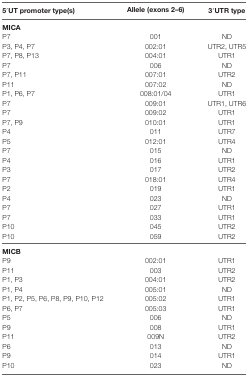
<table><thead><tr><td><b>5′UT promoter type(s)</b></td><td><b>Allele (exons 2–6)</b></td><td><b>3′UTR type</b></td></tr></thead><tbody><tr><td colspan="3"><b>MICA</b></td></tr><tr><td>P7</td><td>001</td><td>ND</td></tr><tr><td>P3, P4, P7</td><td>002:01</td><td>UTR2, UTR5</td></tr><tr><td>P7, P8, P13</td><td>004:01</td><td>UTR1</td></tr><tr><td>P7</td><td>006</td><td>ND</td></tr><tr><td>P7, P11</td><td>007:01</td><td>UTR2</td></tr><tr><td>P11</td><td>007:02</td><td>ND</td></tr><tr><td>P1, P6, P7</td><td>008:01/04</td><td>UTR1</td></tr><tr><td>P7</td><td>009:01</td><td>UTR1, UTR6</td></tr><tr><td>P7</td><td>009:02</td><td>UTR1</td></tr><tr><td>P7, P9</td><td>010:01</td><td>UTR1</td></tr><tr><td>P4</td><td>011</td><td>UTR7</td></tr><tr><td>P5</td><td>012:01</td><td>UTR4</td></tr><tr><td>P7</td><td>015</td><td>ND</td></tr><tr><td>P4</td><td>016</td><td>UTR1</td></tr><tr><td>P3</td><td>017</td><td>UTR2</td></tr><tr><td>P7</td><td>018:01</td><td>UTR4</td></tr><tr><td>P2</td><td>019</td><td>UTR1</td></tr><tr><td>P4</td><td>023</td><td>ND</td></tr><tr><td>P7</td><td>027</td><td>UTR1</td></tr><tr><td>P7</td><td>033</td><td>UTR1</td></tr><tr><td>P10</td><td>045</td><td>UTR2</td></tr><tr><td>P10</td><td>059</td><td>UTR2</td></tr><tr><td colspan="3"><b>MICB</b></td></tr><tr><td>P9</td><td>002:01</td><td>UTR1</td></tr><tr><td>P11</td><td>003</td><td>UTR2</td></tr><tr><td>P1, P3</td><td>004:01</td><td>UTR2</td></tr><tr><td>P1, P4</td><td>005:01</td><td>ND</td></tr><tr><td>P1, P2, P5, P6, P8, P9, P10, P12</td><td>005:02</td><td>UTR1</td></tr><tr><td>P6, P7</td><td>005:03</td><td>UTR1</td></tr><tr><td>P5</td><td>006</td><td>ND</td></tr><tr><td>P9</td><td>008</td><td>UTR1</td></tr><tr><td>P11</td><td>009N</td><td>UTR2</td></tr><tr><td>P6</td><td>013</td><td>ND</td></tr><tr><td>P9</td><td>014</td><td>UTR1</td></tr><tr><td>P10</td><td>023</td><td>ND</td></tr></tbody></table>